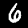
Label: 6